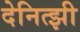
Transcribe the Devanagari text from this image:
देनित्झी